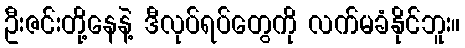
ဦးဇင်းတို့နေနဲ့ ဒီလုပ်ရပ်တွေကို လက်မခံနိုင်ဘူး။